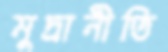
মুদ্রানীতি